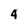
Character: 4